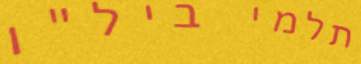
תלמי ביל"ו